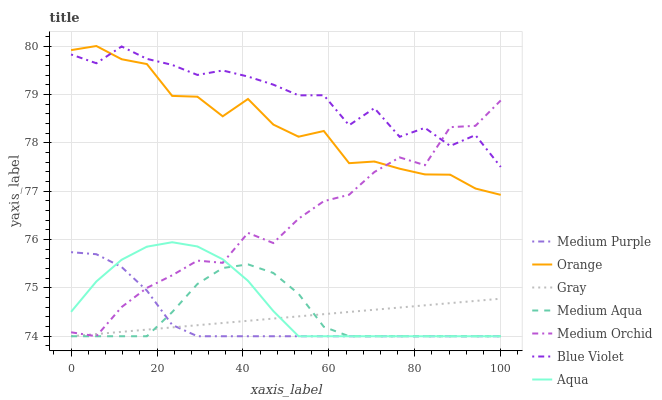
| xaxis_label | Medium Purple | Orange | Gray | Medium Aqua | Medium Orchid | Blue Violet | Aqua |
 | --- | --- | --- | --- | --- | --- | --- | --- |
 | 0 | 75.7 | 79.9 | 74 | 74 | 74.1 | 79.8 | 74.5 |
 | 5.88 | 75.7 | 80 | 74 | 74 | 74 | 79.6 | 75.1 |
 | 11.8 | 75.4 | 79.7 | 74.1 | 74 | 74.6 | 80 | 75.6 |
 | 17.6 | 74.9 | 79.6 | 74.1 | 74 | 75 | 79.7 | 75.9 |
 | 23.5 | 74.2 | 79 | 74.2 | 74.5 | 75.3 | 79.6 | 75.9 |
 | 29.4 | 74 | 79 | 74.2 | 75.1 | 75.6 | 79.4 | 75.9 |
 | 35.3 | 74 | 78.5 | 74.3 | 75.4 | 75.5 | 79.5 | 75.6 |
 | 41.2 | 74 | 78.9 | 74.3 | 75.5 | 76.1 | 79.4 | 75.1 |
 | 47.1 | 74 | 78.4 | 74.4 | 75.3 | 75.9 | 79.2 | 74.5 |
 | 52.9 | 74 | 78.1 | 74.4 | 74.9 | 76.4 | 79 | 74 |
 | 58.8 | 74 | 78.2 | 74.5 | 74.2 | 76.8 | 79 | 74 |
 | 64.7 | 74 | 77.6 | 74.5 | 74 | 76.9 | 78.4 | 74 |
 | 70.6 | 74 | 77.6 | 74.5 | 74 | 77.4 | 78.7 | 74 |
 | 76.5 | 74 | 77.5 | 74.6 | 74 | 77.7 | 78.1 | 74 |
 | 82.4 | 74 | 77.3 | 74.6 | 74 | 77.5 | 78.3 | 74 |
 | 88.2 | 74 | 77.3 | 74.7 | 74 | 78.3 | 77.9 | 74 |
 | 94.1 | 74 | 77.1 | 74.7 | 74 | 78.4 | 78.2 | 74 |
 | 100 | 74 | 76.9 | 74.8 | 74 | 78.9 | 77.5 | 74 |